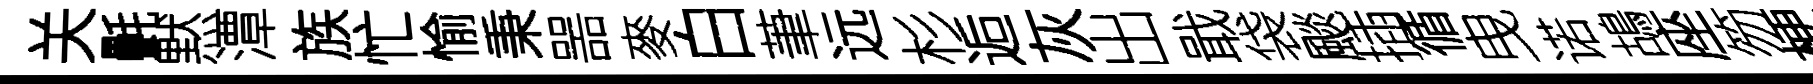
关㲲黙潭族忙愉秉噐麥白茟远杉逅灰出戢袋颷插循曳诺鴣座笏梗